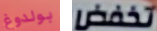
بولدوغ تخفض